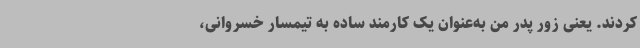
کردند. یعنی زور پدر من به‌عنوان یک کارمند ساده به تیمسار خسروانی،